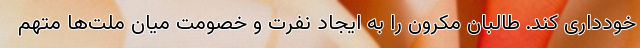
خودداری کند. طالبان مکرون را به ایجاد نفرت و خصومت میان ملت‌ها متهم